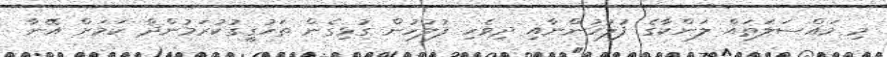
މި މައްސަލަތައް ލަންކާގެ ފުލުހުންނާއި ދިވެހި ފުުލުހުން ގުޅިގެން ތަހުގީގުކުރަމުންދާ ކަމަށް އޭނާ